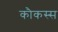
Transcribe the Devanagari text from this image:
कौकस्स